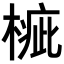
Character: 𣖲